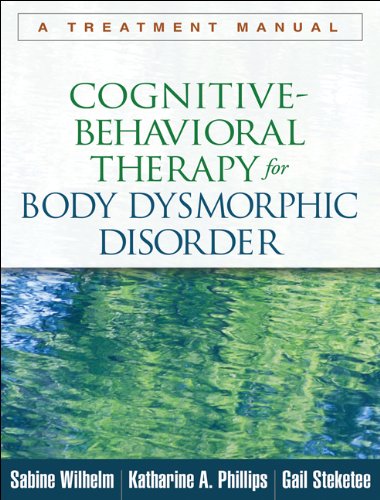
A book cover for Cognitive-Behavioral Therapy for Body Dysmorphic Disorder: A Treatment Manual; Sabine Wilhelm PhD; Self-Help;